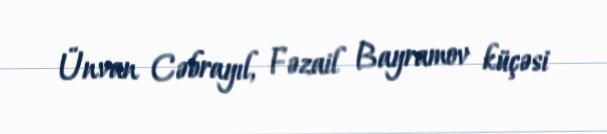
Ünvan Cəbrayıl, Fəzail Bayramov küçəsi